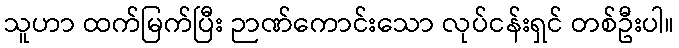
သူဟာ ထက်မြက်ပြီး ဉာဏ်ကောင်းသော လုပ်ငန်းရှင် တစ်ဦးပါ။